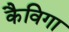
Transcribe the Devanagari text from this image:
कैविगा